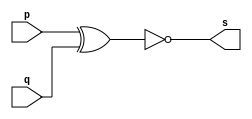
// ------------------------- 
// Exerc0003
// Nome: Pedro Henrique Vilar Locatelli 
// --------------------- 
// --------------------- 
module xnorgate (output s, 
input p, 
input q); 
assign s = ~(p ^ q); 
endmodule // xnor
// --------------------- 
// -- test XNORgate 
// --------------------- 
module testxnorgate; 
// ------------------------- dados locais 
reg a,b; // definir registrador 
wire s; // definir conexao (fio) 
// ------------------------- instancia 
xnorgate XNOR1 (s, a, b); 
// ------------------------- preparacao 
initial begin:start 
a= 1'b0; 
b= 1'b0;  
end 
// ------------------------- parte principal 
initial begin:main 
$display("Exerc0003 - Pedro Henrique Vilar Locatelli  - 427453"); 
$display("Test xnor gate"); 
$display("\n a ^ b = s\n");
#1 $display("%b ^ %b = %b", a, b, s); 
a=1'b0; b=1'b1;
#1 $display("%b ^ %b = %b", a, b, s); 
a=1'b1; b=1'b0; 
#1 $display("%b ^ %b = %b", a, b, s); 
a=1'b1; b=1'b1; 
#1 $display("%b ^ %b = %b", a, b, s); 
end 
endmodule // testxnorgate